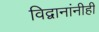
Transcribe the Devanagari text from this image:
विद्वानांनीही